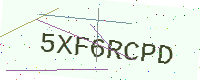
Text: 5XF6RCPD